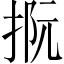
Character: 𢭫